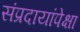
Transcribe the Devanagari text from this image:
संप्रदायांपेक्षा